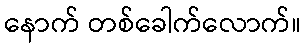
နောက် တစ်ခေါက်လောက်။